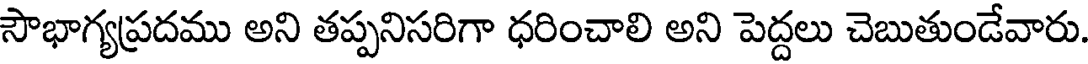
సౌభాగ్యప్రదము అని తప్పనిసరిగా ధరించాలి అని పెద్దలు చెబుతుండేవారు.